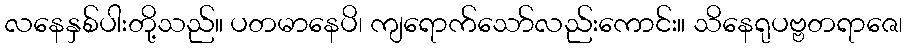
လနေနှစ်ပါးတို့သည်။ ပတမာနေပိ၊ ကျရောက်သော်လည်းကောင်း။ သိနေရုပဗ္ဗတရာဇေ၊